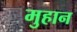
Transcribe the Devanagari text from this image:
मुहान